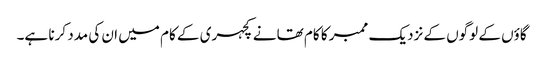
گاؤں کے لوگوں کے نزدیک ممبر کا کام تھانے کچہری کے کام میں ان کی مدد کرنا ہے۔